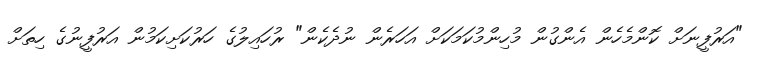
"އަރުފީނަށް ކޮންމެހެން އެންގުން މުހިންމުކަމަކަށް އަހަރެން ނުދެކެން" ރުހައިލުގެ ހަރުކަށިކަމުން އަރުފީނުގެ ހިތަށް